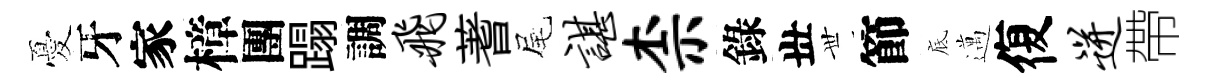
憂牙家樟團蹋調飞蓍尾谌柰錄丗𠀍節底邁復迸帶